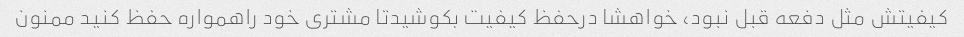
کیفیتش مثل دفعه قبل نبود، خواهشا درحفظ کیفیت بکوشیدتا مشتری خود راهمواره حفظ کنید ممنون